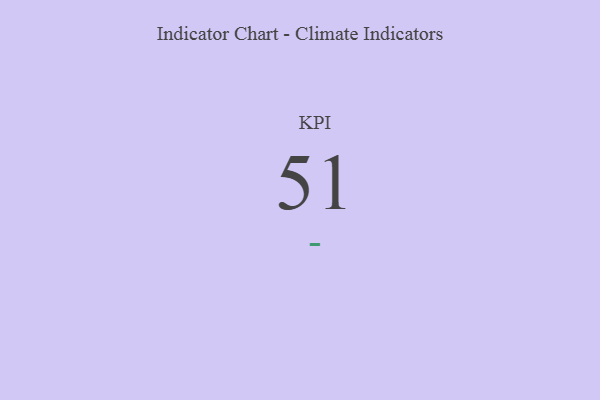
{"axis": {"x": "KPI", "y": "Value"}, "legend": [""], "data": [{"x": "KPI", "y": 51, "type": ""}]}